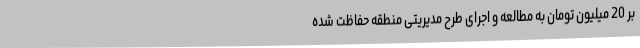
بر 20 میلیون تومان به مطالعه و اجرای طرح مدیریتی منطقه حفاظت شده